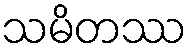
သမိတဿ